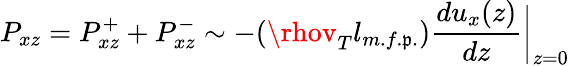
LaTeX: P_{xz}=P_{xz}^{+}+P_{xz}^{-}\sim-(\rhov_{T}l_{m.f.\mathfrak{p}.})\frac{{du_{x}(z)}}{{dz}}\bigg|_{z=0}